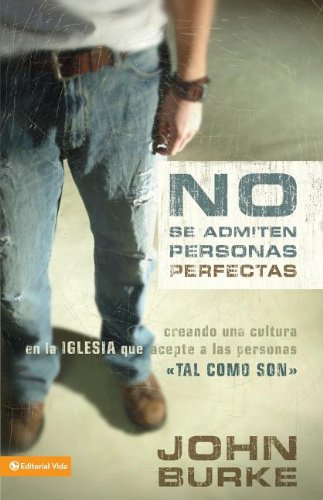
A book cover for No Se Admiten Personas Perfectas: Creando Una Cultura en la Igelsia que Acepte a las Personas (Spanish Edition); John Burke; Religion & Spirituality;